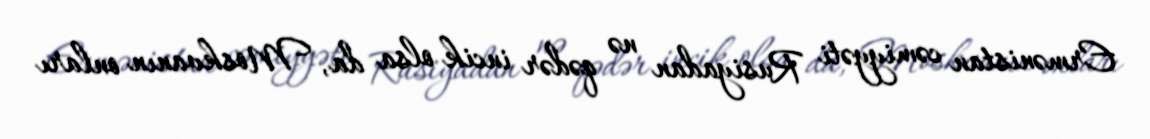
Ermənistan cəmiyyəti Rusiyadan nə qədər incik olsa da, Moskvanın onları